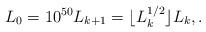
LaTeX: \begin{align*} L_0 = 10^{50} L_{k + 1} = \lfloor L_k^{1/2} \rfloor L_k, .\end{align*}